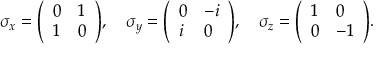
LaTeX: \sigma _ { x } = { \left( \begin{array} { l l } { 0 } & { 1 } \\ { 1 } & { 0 } \end{array} \right) } , \quad \sigma _ { y } = { \left( \begin{array} { l l } { 0 } & { - i } \\ { i } & { 0 } \end{array} \right) } , \quad \sigma _ { z } = { \left( \begin{array} { l l } { 1 } & { 0 } \\ { 0 } & { - 1 } \end{array} \right) } .